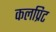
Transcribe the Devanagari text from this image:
कलप्रिट